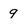
Character: 9